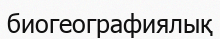
биогеографиялық